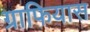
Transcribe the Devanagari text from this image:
ग्राफियास